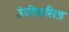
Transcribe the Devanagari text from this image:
उंचीकरिता